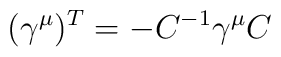
(\gamma^\mu)^T=-C^{-1}\gamma^\mu C